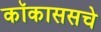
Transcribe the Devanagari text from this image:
कॉकाससचे